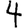
Digit: 4